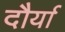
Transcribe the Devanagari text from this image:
दौर्या